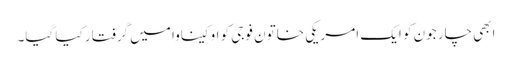
ابھی چار جون کو ایک امریکی خاتون فوجی کو اوکیناوا میں گرفتار کیا گیا۔